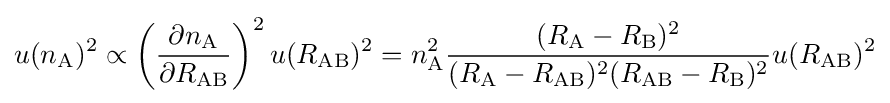
u(n_{\mathrm {A} })^{2}\propto \left({\frac {\partial {n_{\mathrm {A} }}}{\partial R_{\mathrm {AB} }}}\right)^{2}u(R_{\mathrm {AB} })^{2}=n_{\mathrm {A} }^{2}{\frac {(R_{\mathrm {A} }-R_{\mathrm {B} })^{2}}{(R_{\mathrm {A} }-R_{\mathrm {AB} })^{2}(R_{\mathrm {AB} }-R_{\mathrm {B} })^{2}}}u(R_{\mathrm {AB} })^{2}